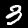
Digit: 3